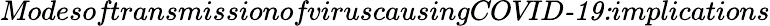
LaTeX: \textit{ModesoftransmissionofviruscausingCOVID-19:implications}